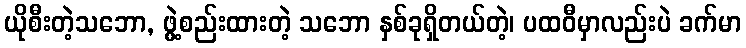
ယိုစီးတဲ့သဘော, ဖွဲ့စည်းထားတဲ့ သဘော နှစ်ခုရှိတယ်တဲ့၊ ပထဝီမှာလည်းပဲ ခက်မာ